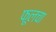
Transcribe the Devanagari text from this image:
फूलचा